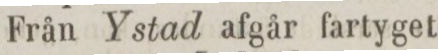
Från Ystad afgår fartyget